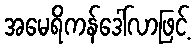
အမေရိကန်ဒေါ်လာဖြင့်